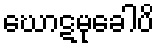
ဃောဋမုခေါပိ